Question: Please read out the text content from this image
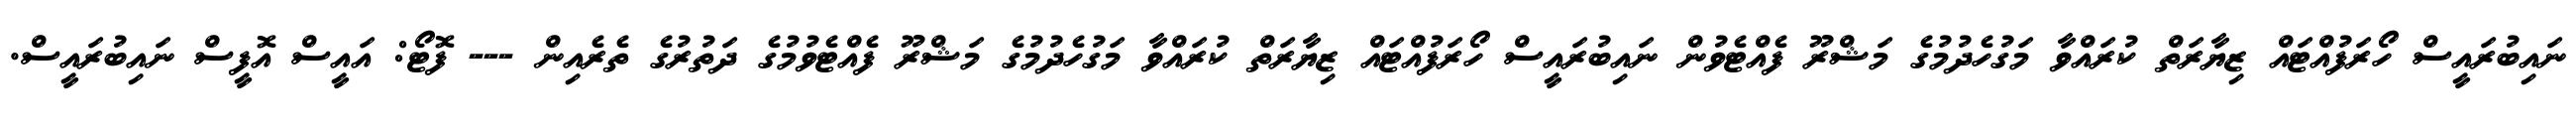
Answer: ނައިބުރައީސް ހޯރަފުއްޓައް ޒިޔާރަތް ކުރައްވާ މަގުހެދުމުގެ މަޝްރޫ ފެއްޓެވުން ނައިބުރައީސް ހޯރަފުއްޓައް ޒިޔާރަތް ކުރައްވާ މަގުހެދުމުގެ މަޝްރޫ ފެއްޓެވުމުގެ ދަތުރުގެ ތެރެއިން --- ފޮޓޯ: އައީސް އޮފީސް ނައިބުރައީސް.